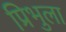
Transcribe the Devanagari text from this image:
प्रिभुला